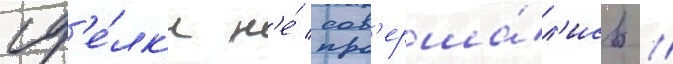
сд'е́лк'и н'е́ сов'ерша́л'ись //